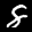
Label: 8